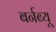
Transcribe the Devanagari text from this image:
बर्नब्यू